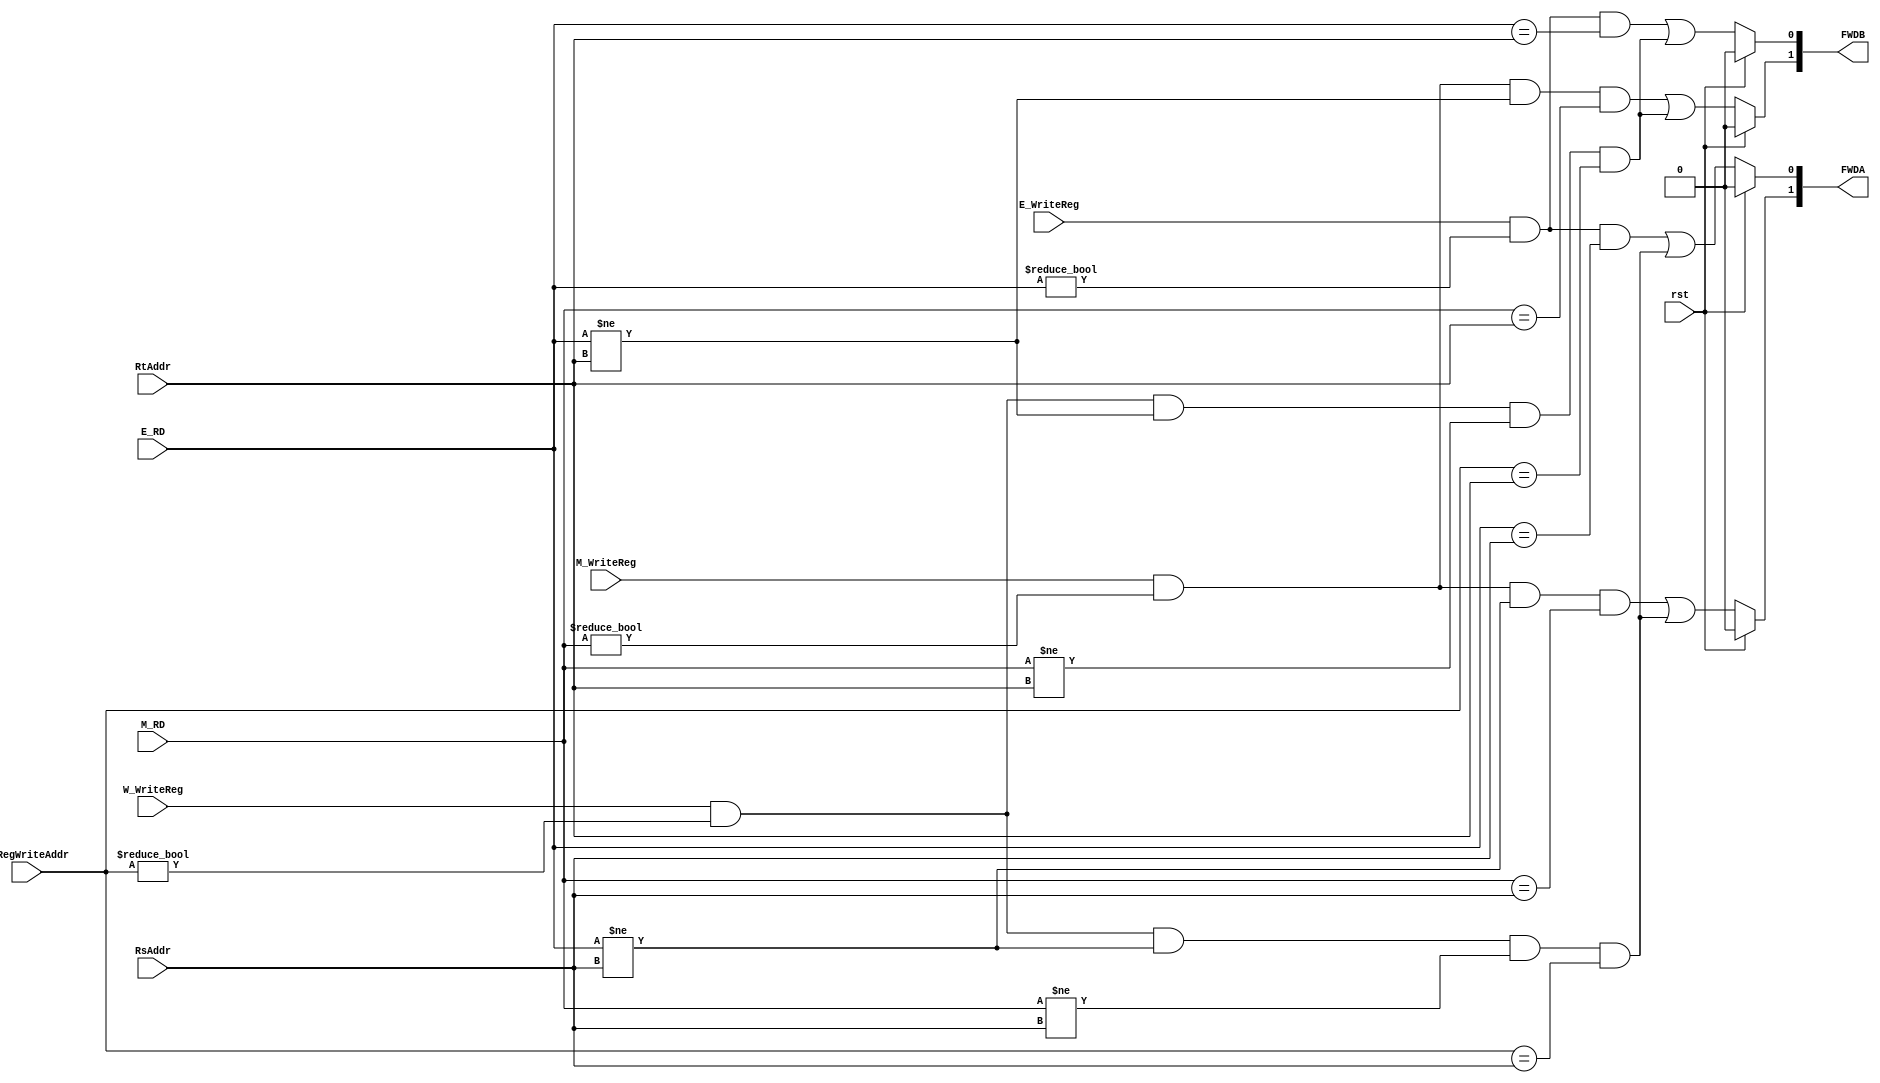
module hazard_FWD(rst,E_WriteReg,W_WriteReg,M_WriteReg,
				      E_RD,M_RD,W_RegWriteAddr,RsAddr,RtAddr,
				      FWDA,FWDB);
   input rst,E_WriteReg,W_WriteReg,M_WriteReg;
	input [4:0] E_RD,M_RD,W_RegWriteAddr,RsAddr,RtAddr;
	output [1:0] FWDA,FWDB;
	assign FWDA[0] = rst?0:((E_WriteReg && (E_RD != 0) && (E_RD ==RsAddr)) || (W_WriteReg && (W_RegWriteAddr != 0) && (E_RD !=RsAddr) && (M_RD !=RsAddr) && (W_RegWriteAddr == RsAddr)));
	assign FWDA[1] = rst?0:((M_WriteReg && (M_RD!=0) && (E_RD !=RsAddr) && (M_RD==RsAddr)) || (W_WriteReg && (W_RegWriteAddr != 0) && (E_RD !=RsAddr) && (M_RD !=RsAddr) && (W_RegWriteAddr == RsAddr)));
	assign FWDB[0] = rst?0:(E_WriteReg && (E_RD != 0) && (E_RD ==RtAddr)) || (W_WriteReg && (W_RegWriteAddr != 0) && (E_RD !=RtAddr) && (M_RD !=RtAddr) && (W_RegWriteAddr == RtAddr));
	assign FWDB[1] = rst?0:(M_WriteReg && (M_RD!=0) && (E_RD !=RtAddr) && (M_RD==RtAddr)) || (W_WriteReg && (W_RegWriteAddr != 0) && (E_RD !=RtAddr) && (M_RD !=RtAddr) && (W_RegWriteAddr == RtAddr));
endmodule